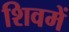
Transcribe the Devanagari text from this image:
शिवमें